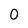
Character: 0